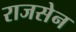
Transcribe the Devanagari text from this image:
राजसेन